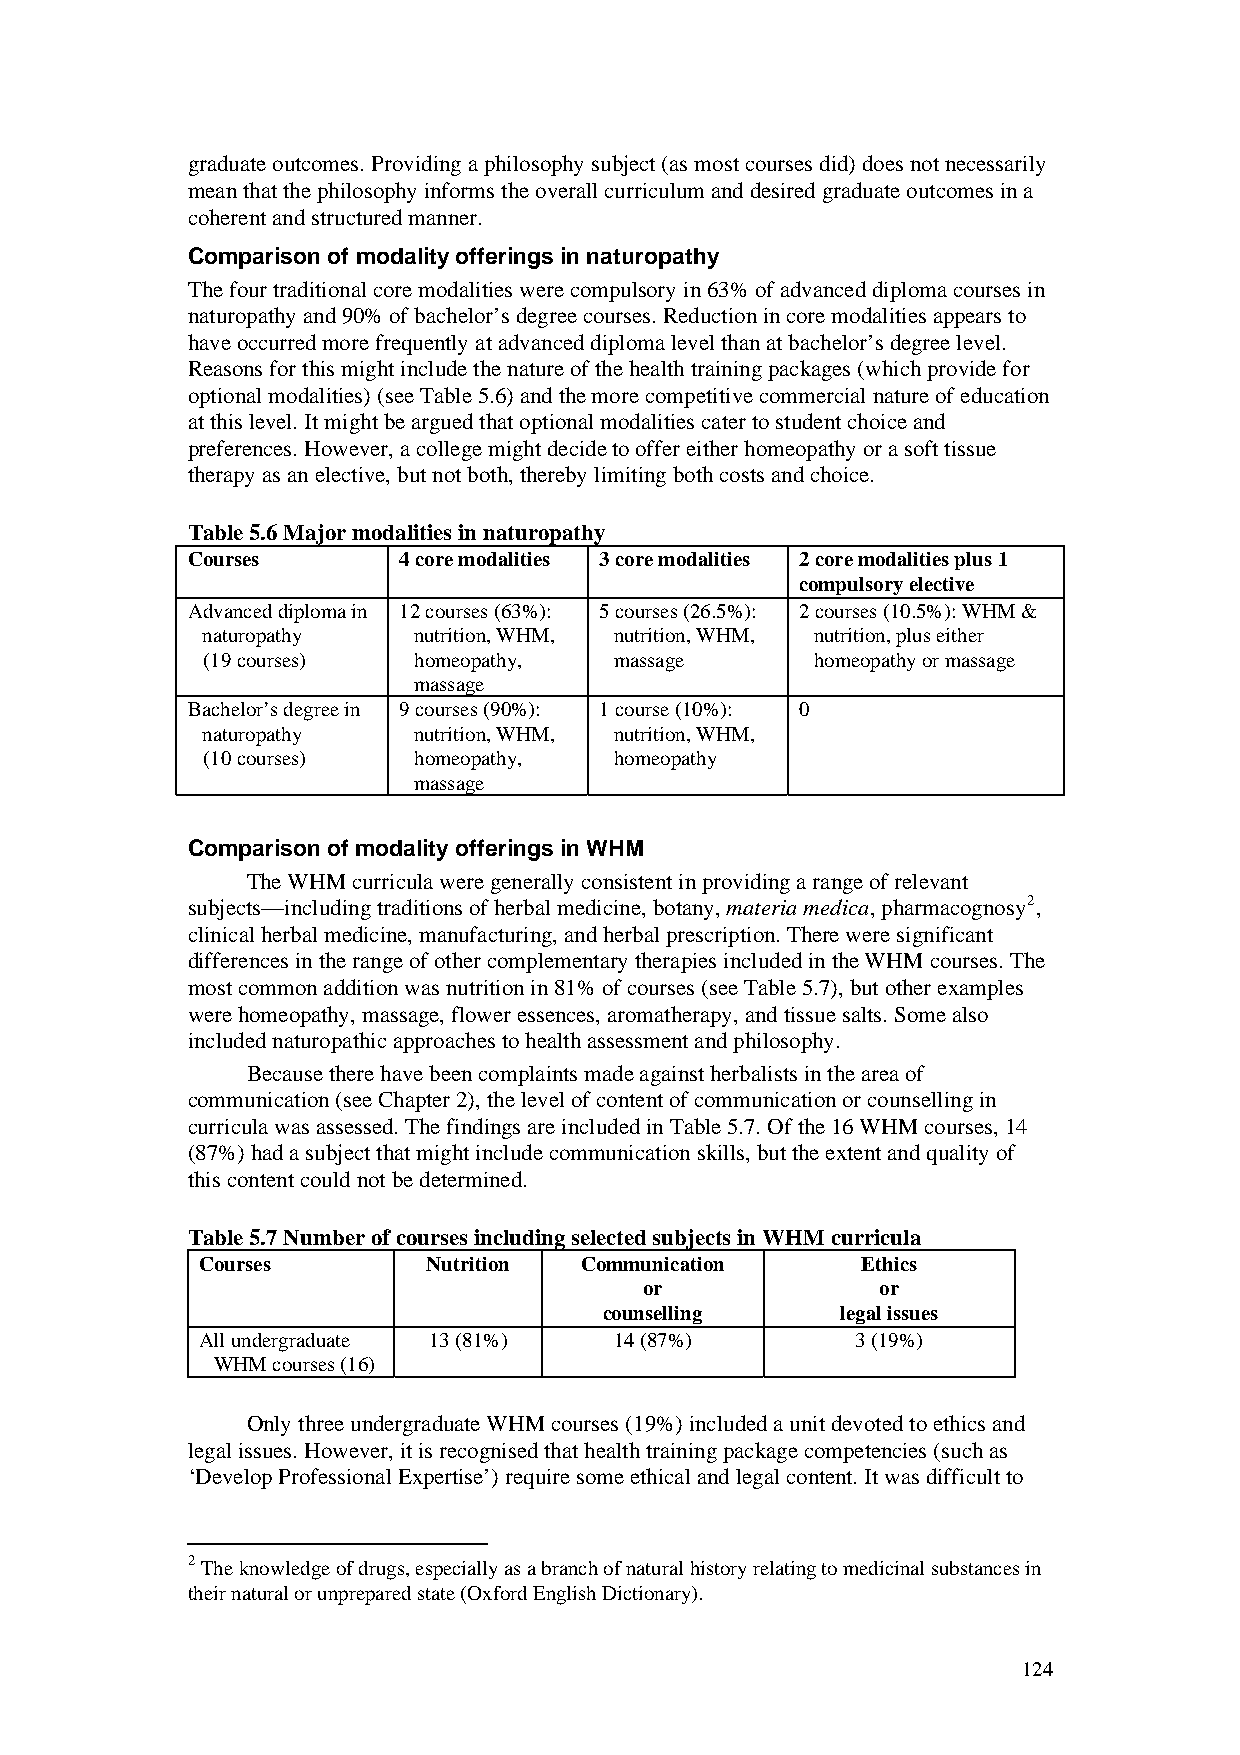
graduate outcomes. Providing a philosophy subject (as most courses did) does not necessarily
 mean that the philosophy informs the overall curriculum and desired graduate outcomes in a
 coherent and structured manner.
 Comparison of modality offerings in naturopathy
 The four traditional core modalities were compulsory in 63% of advanced diploma courses in
 naturopathy and 90% of bachelor’s degree courses. Reduction in core modalities appears to
 have occurred more frequently at advanced diploma level than at bachelor’s degree level.
 Reasons for this might include the nature of the health training packages (which provide for
 optional modalities) (see Table 5.6) and the more competitive commercial nature of education
 at this level. It might be argued that optional modalities cater to student choice and
 preferences. However, a college might decide to offer either homeopathy or a soft tissue
 therapy as an elective, but not both, thereby limiting both costs and choice.
 Table 5.6 Major modalities in naturopathy
 Courses       4 core modalities 3 core modalities 2 core modalities plus 1
 compulsory elective
 Advanced diploma in 12 courses (63%): 5 courses (26.5%): 2 courses (10.5%): WHM &
 naturopathy   nutrition, WHM, nutrition, WHM, nutrition, plus either
 (19 courses)  homeopathy,   massage      homeopathy or massage
 massage
 Bachelor’s degree in 9 courses (90%): 1 course (10%): 0
 naturopathy   nutrition, WHM, nutrition, WHM,
 (10 courses)  homeopathy,   homeopathy
 massage
 Comparison of modality offerings in WHM
 The WHM curricula were generally consistent in providing a range of relevant
 subjects—including traditions of herbal medicine, botany, materia medica, pharmacognosy2,
 clinical herbal medicine, manufacturing, and herbal prescription. There were significant
 differences in the range of other complementary therapies included in the WHM courses. The
 most common addition was nutrition in 81% of courses (see Table 5.7), but other examples
 were homeopathy, massage, flower essences, aromatherapy, and tissue salts. Some also
 included naturopathic approaches to health assessment and philosophy.
 Because there have been complaints made against herbalists in the area of
 communication (see Chapter 2), the level of content of communication or counselling in
 curricula was assessed. The findings are included in Table 5.7. Of the 16 WHM courses, 14
 (87%) had a subject that might include communication skills, but the extent and quality of
 this content could not be determined.
 Table 5.7 Number of courses including selected subjects in WHM curricula
 Courses        Nutrition Communication      Ethics
 or             or
 counselling     legal issues
 All undergraduate 13 (81%)  14 (87%)        3 (19%)
 WHM courses (16)
 Only three undergraduate WHM courses (19%) included a unit devoted to ethics and
 legal issues. However, it is recognised that health training package competencies (such as
 ‘Develop Professional Expertise’) require some ethical and legal content. It was difficult to
 2 The knowledge of drugs, especially as a branch of natural history relating to medicinal substances in
 their natural or unprepared state (Oxford English Dictionary).
 124